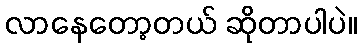
လာနေတော့တယ် ဆိုတာပါပဲ။